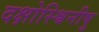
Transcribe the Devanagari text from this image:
दक्षोस्श्विनीषु